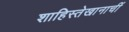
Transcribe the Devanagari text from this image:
शाहिस्तेखानाचीं